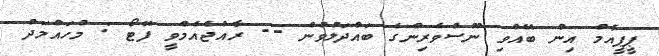
ޕީޕީއެމް އިން ބޭއްވި ނޫސްވެރިންގެ ބައްދަލުވުން -- ރާއްޖެއެމްވީ ފޮޓޯ : މުހައްމަދު